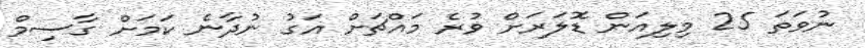
ނުވަތަ 25 މިލިއަން ޑޮލަރަށް ވުރެ މައްޗަށް އަގު ނުދާނެ ކަމަށް ގާސިމް